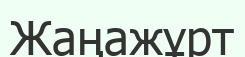
Жаңажұрт